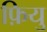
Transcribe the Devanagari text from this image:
फ़ियु